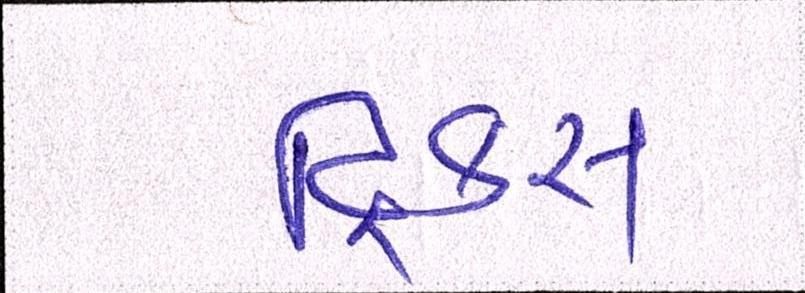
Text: ટ્રિક્સ